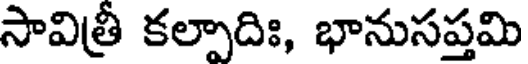
సావిత్రీ కల్పాదిః, భానుసప్తమి